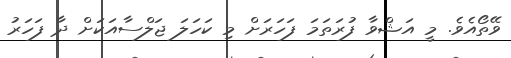
ވޭތޯއެވެ. މީ އަޝްވާ ފުރަތަމަ ފަހަރަށް މި ކަހަލަ ޖަލްސާއަކަށް ދާ ފަހަރު